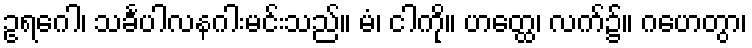
ဥရဂေါ၊ သင်္ခပါလနဂါးမင်းသည်။ မံ၊ ငါကို။ ဟတ္ထေ၊ လက်၌။ ဂဟေတွာ၊